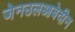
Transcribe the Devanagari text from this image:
जेनउलआबेदीन